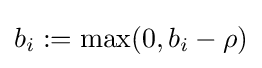
b_{i}:=\max(0,b_{i}-\rho )